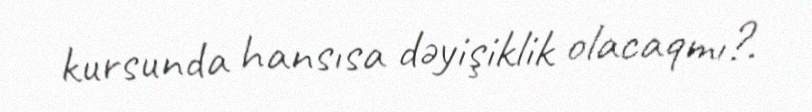
kursunda hansısa dəyişiklik olacaqmı?.